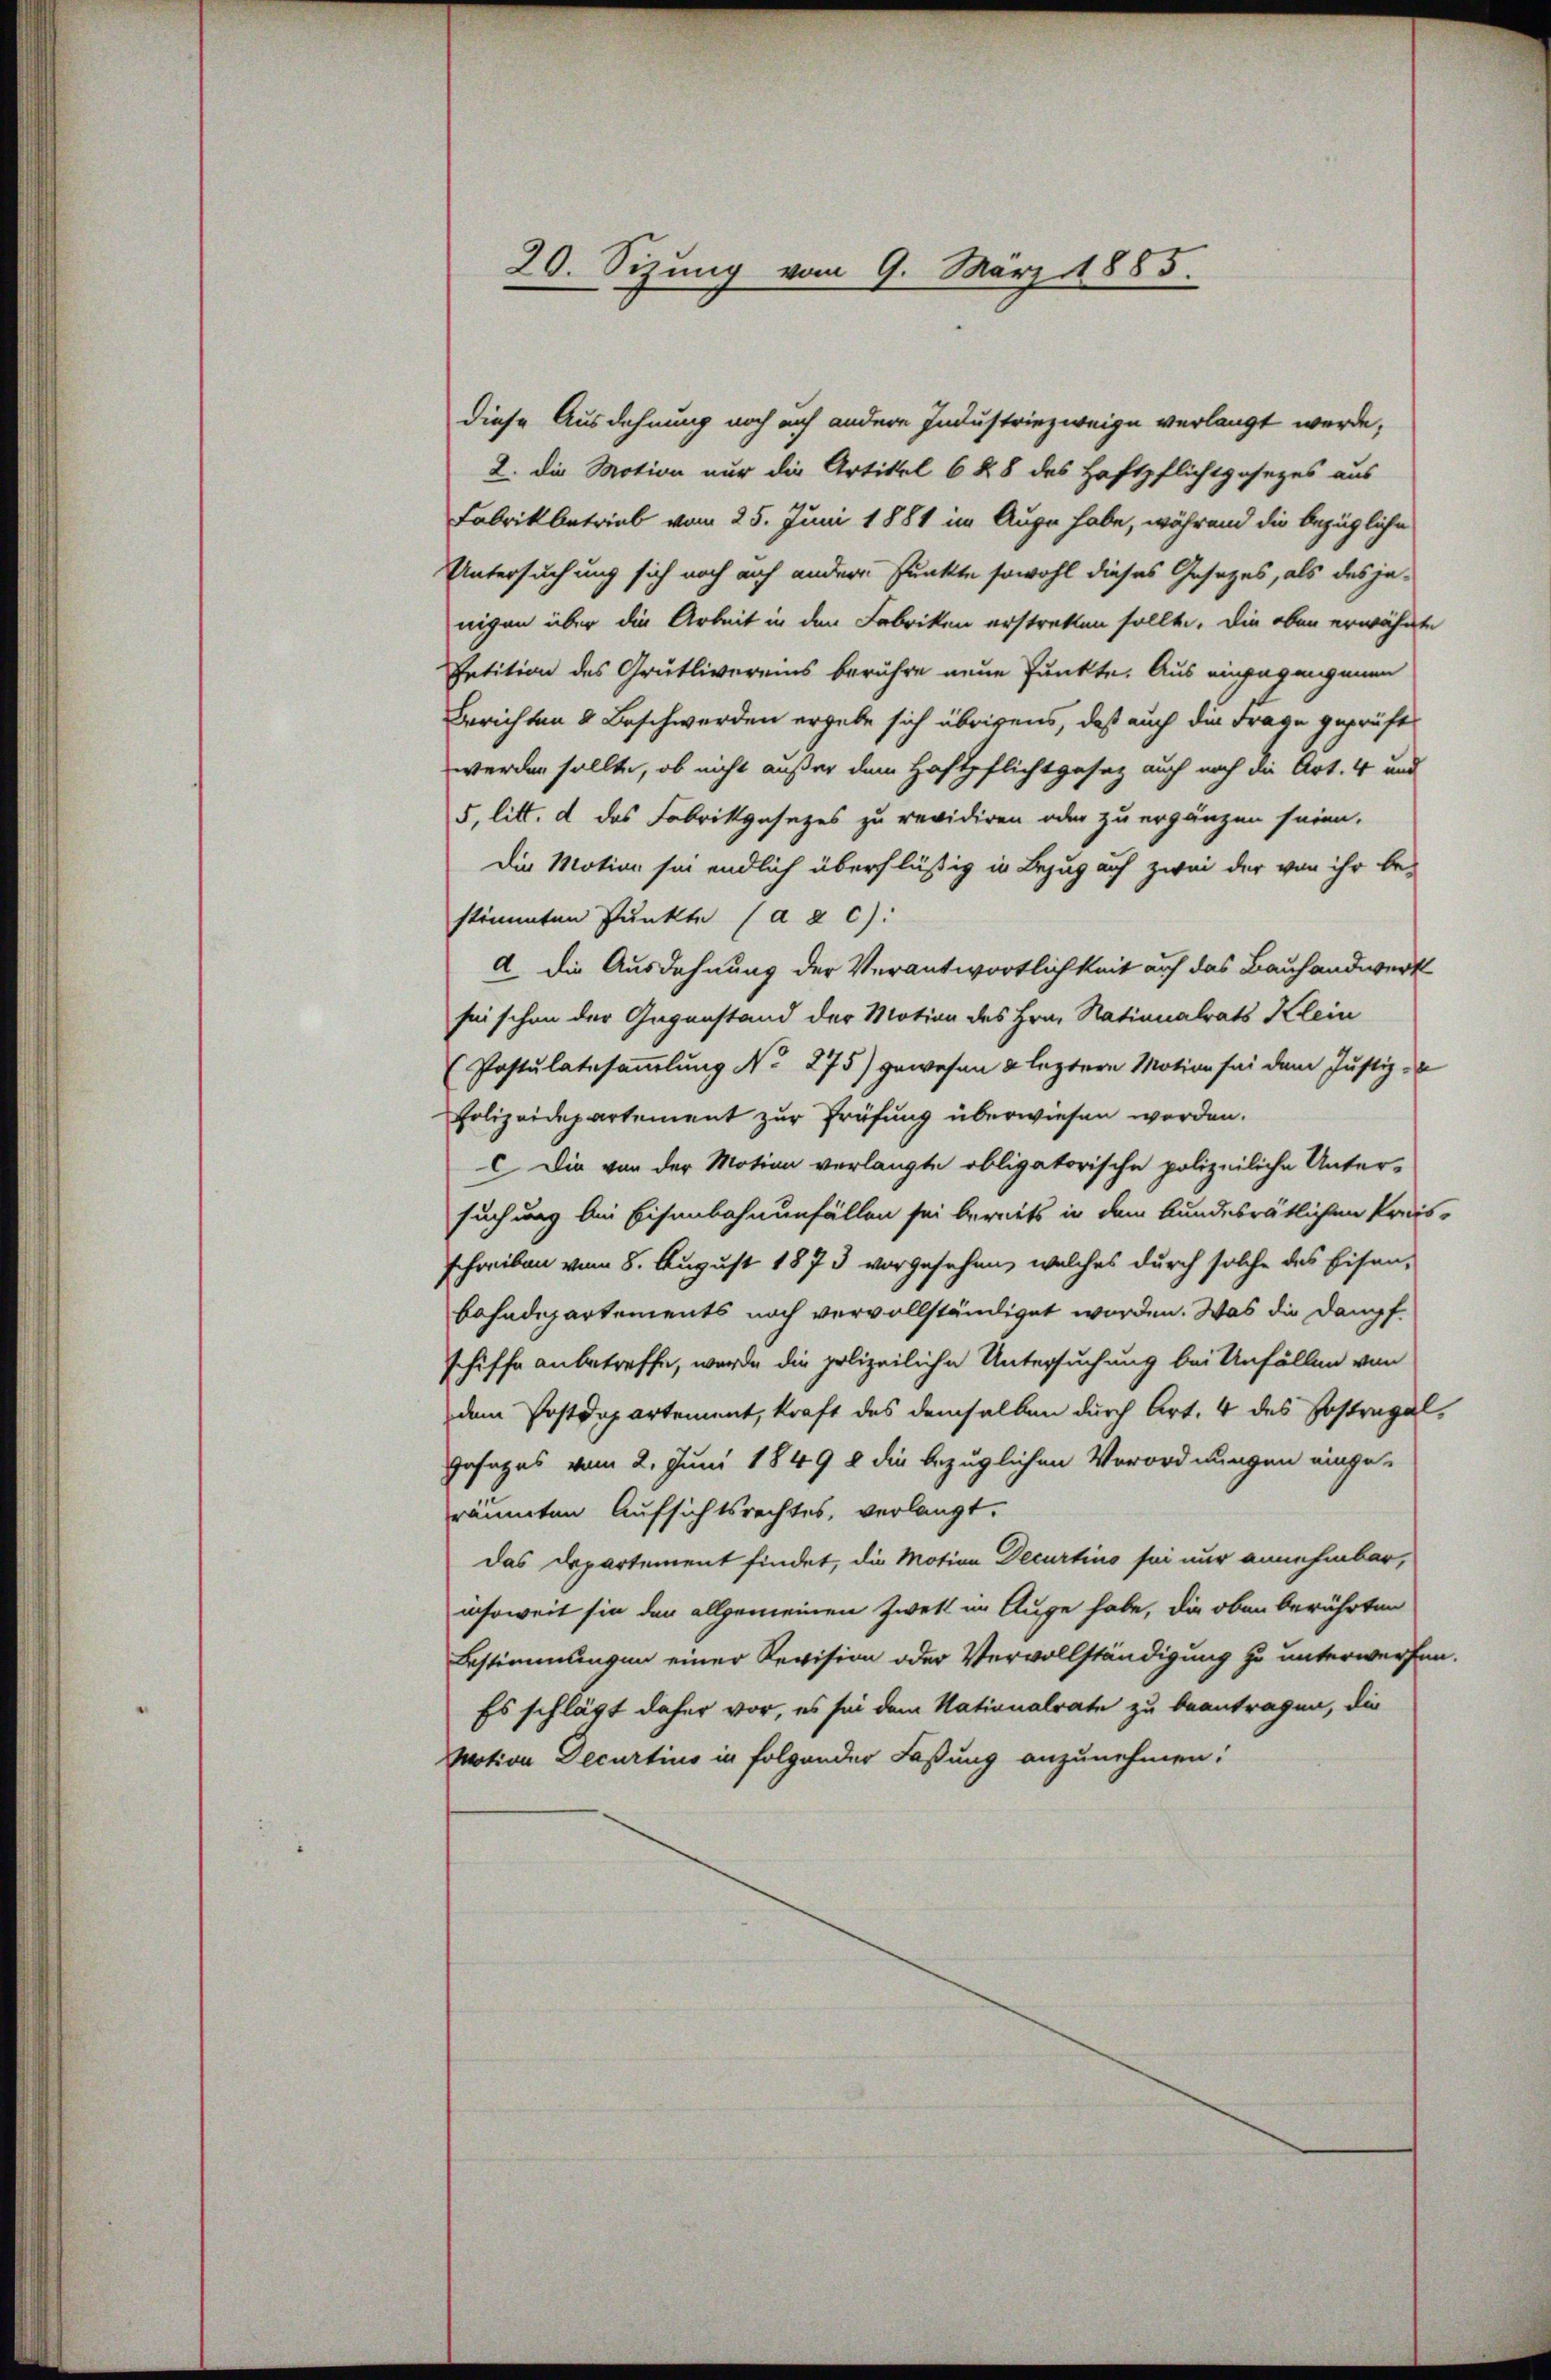
20. Sizung vom 9. März 1885.

diese Ausdehnung noch auch andere Industriezweige verlangt werde,
2. die Motion nur die Artikel 6 § 8 des Haftpflichtgesezes aus
Fabrikbetrieb vom 25. Juni 1881 im Auge habe, während die bezügliche
Untersuchung sich noch auch andere Punkte sowohl dieses Gesetzes, als des je-
nigen über die Arbeit in den Fabriken erstreken sollte. Die oben erwähnte
Petition des Grütlivereins berühre neue Punkte. Aus eingegangenen
Berichten & Beschwerden ergebe sich übrigens, daß auch die Frage geprüft
werden sollte, ob nicht außer dem Haftpflichtgesetz auch noch die Art. 4 und
5, litt. d das Fabrikgesezes zu revidiren oder zu ergänzen seien.
Die Motion sei endlich überflüßig in Bezug auf zwei der von ihr be-
stimmten Punkte (ad c):
a. die Ausdehnung der Verantwortlichkeit auf das Bauhandwerk
sei schon der Gegenstand der Motion des Hrn. Nationalrats Klein
(Postulatesammlung No 275) gewesen & letztere Motion sei dem Justiz-
Polizeidepartement zur Prüfung überwiesen werden.
C Die von der Motion verlangte obligatorische polizeiliche Unter-
suchung bei Eisenbahnenfällen sei bereits in dem bundesrätlichen Preis-
schreiben vom 8. August 1873 vorgesehen, welches durch solche des Eisen-
bahndepartements noch vervollständiget worden. Was die Dampf
schiffe anbetreffe, wurde die polizeiliche Untersuchung bei Unfällen von
dem Postdepartement, kraft des demselben durch Art. 4 des Sostrapal¬
Gesages vom 2. Juni 1849 2 die bezüglichen Verordnungen einge-
räumten Aufsichtsrechtes, verlangt.
das Departement findet, die Motion Decurtino sei nur annehmbar,
insoweit sie den allgemeinen Zwekt im Auge habe, die oben berührten
Bestimmungen einer Revision oder Vervollständigung zu unterwerfen.
Es schlägt daher vor, es sei dem Nationalrate zu beantragen, die
Motion Decurtius in folgender Faßung anzunehmen: